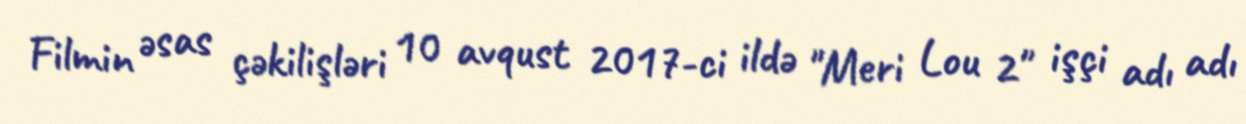
Filmin əsas çəkilişləri 10 avqust 2017-ci ildə "Meri Lou 2" işçi adı adı